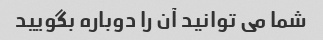
شما می توانید آن را دوباره بگویید